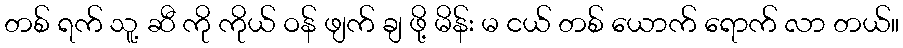
တစ် ရက် သူ့ ဆီ ကို ကိုယ် ဝန် ဖျက် ချ ဖို့ မိန်း မ ငယ် တစ် ယောက် ရောက် လာ တယ်။